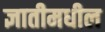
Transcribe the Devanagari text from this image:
ज्ञातीमधील